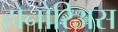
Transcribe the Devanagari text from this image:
होनोरिअस